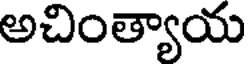
అచింత్యాయ